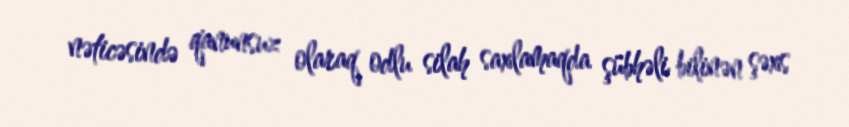
nəticəsində qanunsuz olaraq odlu silah saxlamaqda şübhəli bilinən şəxs